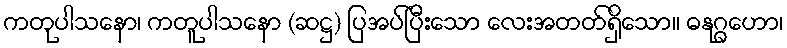
ကတုပါသနော၊ ကတူပါသနော (ဆဋ္ဌ) ပြအပ်ပြီးသော လေးအတတ်ရှိသော။ ဓနုဂ္ဂဟော၊